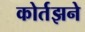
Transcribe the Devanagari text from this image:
कोर्तझने